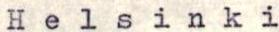
Helsinki